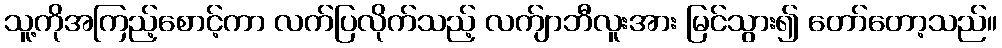
သူ့ကိုအကြည့်စောင့်ကာ လက်ပြလိုက်သည့် လက်ျာဘီလူးအား မြင်သွား၍ တော်တော့သည်။